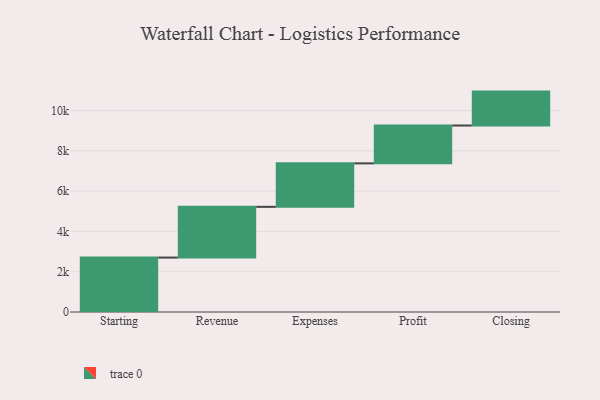
{"axis": {"x": "Step", "y": "Value"}, "legend": [""], "data": [{"x": "Starting", "y": 2701.0, "type": ""}, {"x": "Revenue", "y": 2517.0, "type": ""}, {"x": "Expenses", "y": 2157.0, "type": ""}, {"x": "Profit", "y": 1878.0, "type": ""}, {"x": "Closing", "y": 1683.0, "type": ""}]}